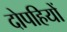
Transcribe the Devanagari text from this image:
दोपहियों